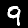
Label: 9